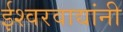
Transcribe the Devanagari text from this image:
ईश्वरवाद्यांनी